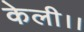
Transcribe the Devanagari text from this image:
केली।।